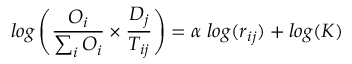
l o g \left( \frac { O _ { i } } { \sum _ { i } O _ { i } } \times \frac { D _ { j } } { T _ { i j } } \right) = \alpha \; l o g ( r _ { i j } ) + l o g ( K )